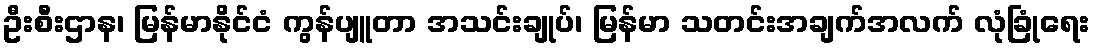
ဦးစီးဌာန၊ မြန်မာနိုင်ငံ ကွန်ပျူတာ အသင်းချုပ်၊ မြန်မာ သတင်းအချက်အလက် လုံခြုံရေး